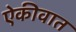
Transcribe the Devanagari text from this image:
ऐकीवात